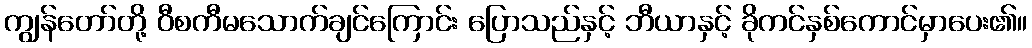
ကျွန်တော်တို့ ဝီစကီမသောက်ချင်ကြောင်း ပြောသည်နှင့် ဘီယာနှင့် ခိုကင်နှစ်ကောင်မှာပေး၏။